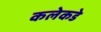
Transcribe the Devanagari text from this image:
कलेकडे